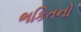
ભકિતનો